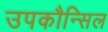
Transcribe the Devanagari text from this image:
उपकौन्सिल